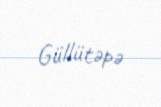
Güllütəpə